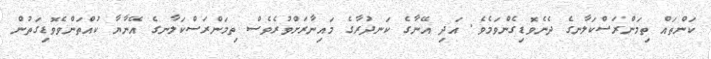
ކަންތައް ތިމަންރަސްކަލާނގެ ދެނެވޮޑިގެންވަމެވެ. އަދި އޭނާގެ ކަނދުރާގެ މައިނާރަށްވުރެވެސް ތިމަންރަސްކަލާނގެ އޭނާޔާ ކުއްތަންވެވޮޑިގަތުން